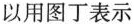
以用图丁表示